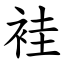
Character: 袿